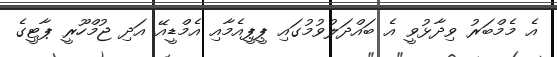
އެ މެމްބަރު ވިދާޅުވީ އެ ބައްދަލުވުމުގައި ޕީޕީއެމާއި އެމްޑީއޭ އަދި ޖުމްހޫރީ ޕާޓީގެ